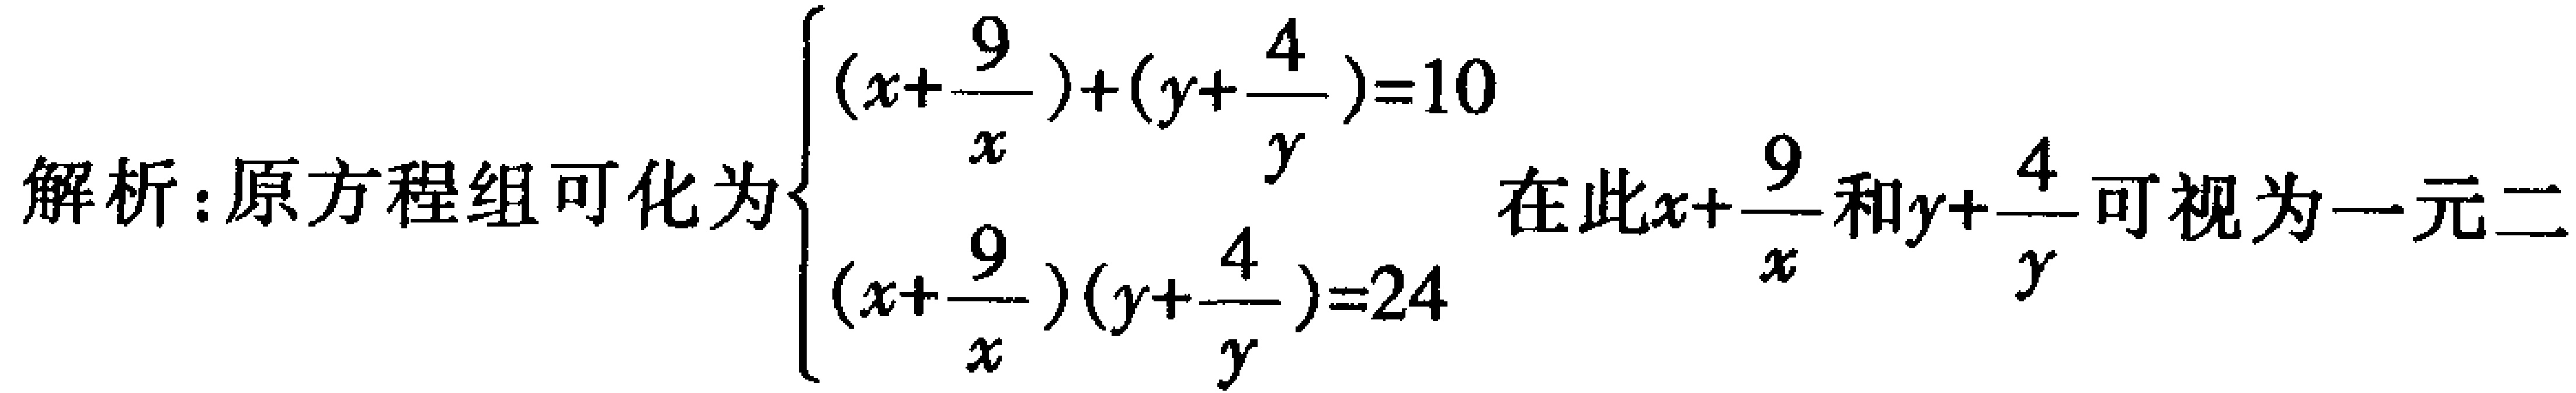
解析：原方程组可化为\(\begin{cases}(x + \dfrac{9}{x})+(y + \dfrac{4}{y}) = 10\\(x + \dfrac{9}{x})(y + \dfrac{4}{y}) = 24\end{cases}\)在此\(x+\dfrac{9}{x}\)和\(y+\dfrac{4}{y}\)可视为一元二